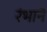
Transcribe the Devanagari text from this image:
रंभाने